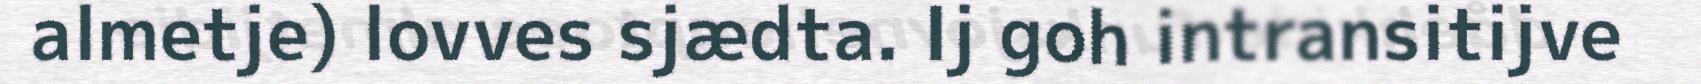
almetje) lovves sjædta. Ij goh intransitijve